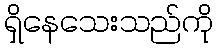
ရှိနေသေးသည်ကို